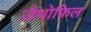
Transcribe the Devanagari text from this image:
ज़ैंथोफिल